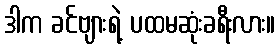
ဒါက ခင်ဗျားရဲ့ ပထမဆုံးခရီးလား။